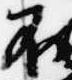
不